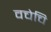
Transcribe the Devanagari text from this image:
वचेचि